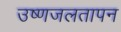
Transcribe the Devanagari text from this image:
उष्णजलतापन